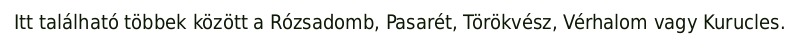
Itt található többek között a Rózsadomb, Pasarét, Törökvész, Vérhalom vagy Kurucles.